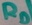
Text: RD